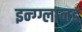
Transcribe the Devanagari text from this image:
इन्ग्ग्लानड